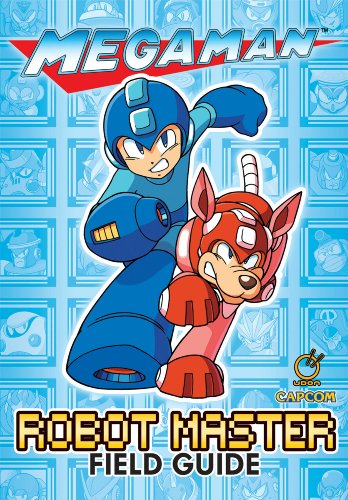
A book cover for Mega Man: Robot Master Field Guide; David Oxford; Comics & Graphic Novels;